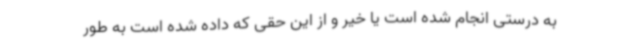
به درستی انجام شده است یا خیر و از این حقی که داده شده است به طور